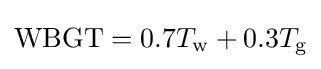
\mathrm {WBGT} =0.7T_{\mathrm {w} }+0.3T_{\mathrm {g} }